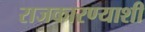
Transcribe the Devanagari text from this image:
राजकारण्याशी